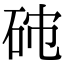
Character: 𥑯